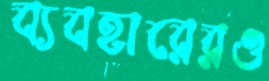
ব্যবহারেরও